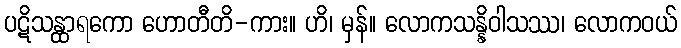
ပဋိသန္ထာရကော ဟောတီတိ-ကား။ ဟိ၊ မှန်။ လောကသန္နိဝါသဿ၊ လောကဝယ်